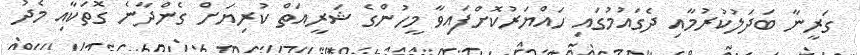
ގަރީނާ ބަދަލުކުރުމާއި ދެގައުމުގައި ހައްޔަރުކޮށްފައިވާ މީހުންގެ ޝަރީއަތް ކުރިޔަށް ގެންދާނެ ގޮތަކާއި މެދު